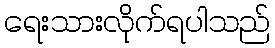
ရေးသားလိုက်ရပါသည်